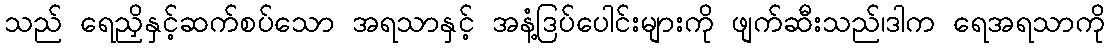
သည် ရေညှိနှင့်ဆက်စပ်သော အရသာနှင့် အနံ့ဒြပ်ပေါင်းများကို ဖျက်ဆီးသည်၊ဒါက ရေအရသာကို